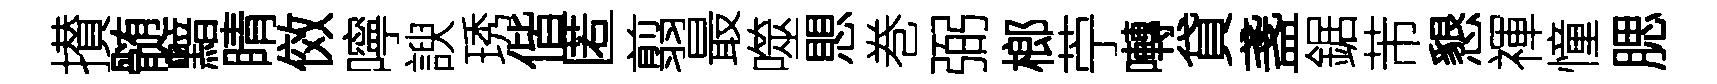
攅髄黯睛傚嚀諛琇偕匿翦最噬愳巻弼榔苧囀貸盞鋸芾懇禈憧腮